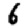
Digit: 6